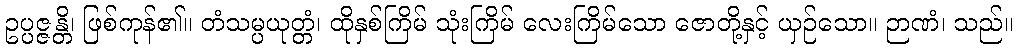
ဥပ္ပဇ္ဇန္တိ၊ ဖြစ်ကုန်၏။ တံသမ္ပယုတ္တံ၊ ထိုနှစ်ကြိမ် သုံးကြိမ် လေးကြိမ်သော ဇောတို့နှင့် ယှဉ်သော။ ဉာဏံ၊ သည်။